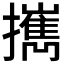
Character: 𢹂